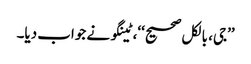
’’جی، بالکل صحیح‘‘، ٹینگو نے جواب دیا۔